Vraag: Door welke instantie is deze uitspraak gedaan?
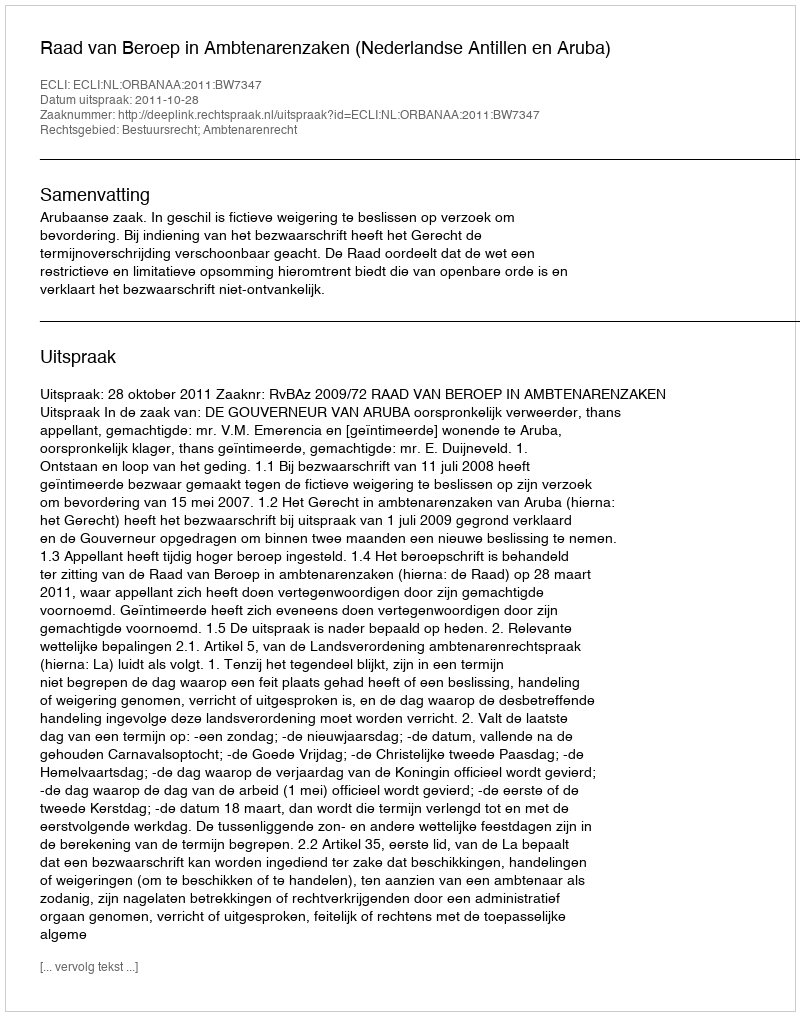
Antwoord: Raad van Beroep in Ambtenarenzaken (Nederlandse Antillen en Aruba)